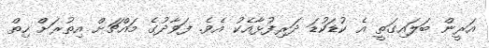
އަރީން ބަލައިގަތީ އެ ކުޑަކުޑަ ދަރިފުޅާއެކު އެވެ. ފަވާދުގެ މައްޗަށް އިތުރަށް ހިތް